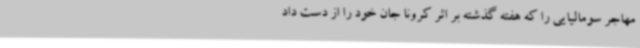
مهاجر سومالیایی را که هفته گذشته بر اثر کرونا جان خود را از دست داد